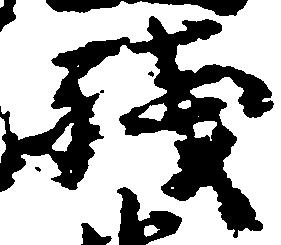
残